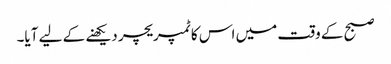
صبح کے وقت میں اس کا ٹمپریچر دیکھنے کے لیے آیا۔